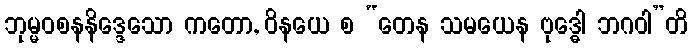
ဘုမ္မဝစနနိဒ္ဒေသော ကတော, ဝိနယေ စ “တေန သမယေန ဗုဒ္ဓေါ ဘဂဝါ”တိ